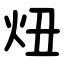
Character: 炄